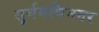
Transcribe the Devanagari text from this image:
सूर्यमणिनगर